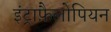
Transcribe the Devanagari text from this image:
इंट्राफ़ैलोपियन